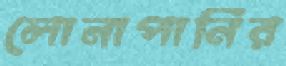
লোনাপানির